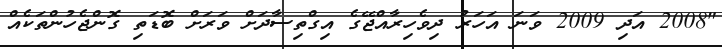
"2008 އަދި 2009 ވަނަ އަހަރު ދިވެހިރާއްޖޭގެ އިގްތިސާދަށް ވަރަށް ބޮޑަތި ގޮންޖެހުންތަކެއް